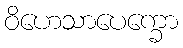
ဝိဟေသာပေက္ခော